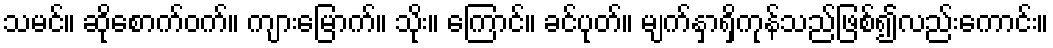
သမင်။ ဆိုစောက်ဝက်။ ကျားမြောက်။ သိုး။ ကြောင်။ ခင်ပုတ်။ မျက်နှာရှိကုန်သည်ဖြစ်၍လည်းကောင်း။